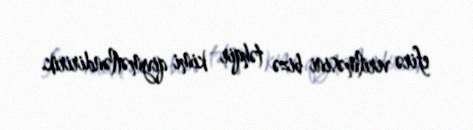
efirə verilməsini bizə təhqir kimi qiymətləndiririk.